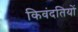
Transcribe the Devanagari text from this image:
किवंदतियों